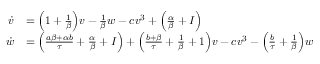
\begin{array} { r l } { \dot { v } } & { = \Big ( 1 + \frac { 1 } { \beta } \Big ) v - \frac { 1 } { \beta } w - c v ^ { 3 } + \Big ( \frac { \alpha } { \beta } + I \Big ) } \\ { \dot { w } } & { = \Big ( \frac { a \beta + \alpha b } { \tau } + \frac { \alpha } { \beta } + I \Big ) + \Big ( \frac { b + \beta } { \tau } + \frac { 1 } { \beta } + 1 \Big ) v - c v ^ { 3 } - \Big ( \frac { b } { \tau } + \frac { 1 } { \beta } \Big ) w } \end{array}